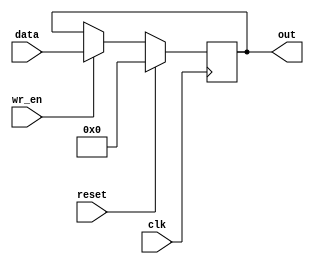
module writeENregister #(parameter W=4)
(
	input			reset,
	input			wr_en,
	input[W-1:0]	data,
	input			clk,
	output[W-1:0]	out
);
	reg[W-1:0]	REGISTER;

	assign	out=REGISTER;

	initial begin
		REGISTER<=0;
	end

	always @(posedge clk) begin

		if(reset == 1)
			REGISTER <=0;
		else begin
			if(wr_en)
				REGISTER<=data;
		end
	end
endmodule